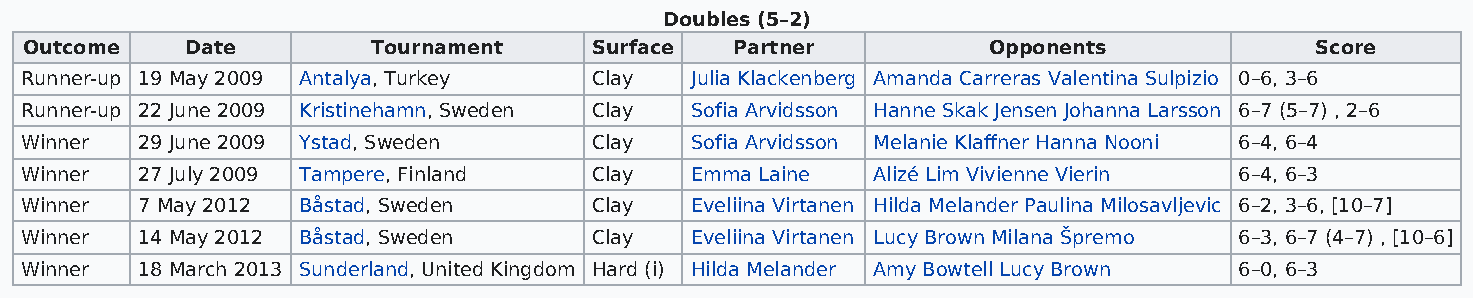
Doubles (5–2)
 Outcome   Date         Tournament    Surface   Partner         Opponents             Score
 Runner-up 19 May 2009 Antalya, Turkey Clay   Julia Klackenberg Amanda Carreras Valentina Sulpizio 0–6, 3–6
 Runner-up 22 June 2009 Kristinehamn, Sweden Clay Sofia Arvidsson Hanne Skak Jensen Johanna Larsson 6–7 (5–7) , 2–6
 Winner  29 June 2009 Ystad, Sweden    Clay   Sofia Arvidsson Melanie Klaffner Hanna Nooni 6–4, 6–4
 Winner  27 July 2009 Tampere, Finland Clay   Emma Laine  Alizé Lim Vivienne Vierin 6–4, 6–3
 Winner  7 May 2012 Båstad, Sweden     Clay   Eveliina Virtanen Hilda Melander Paulina Milosavljevic 6–2, 3–6, [10–7]
 Winner  14 May 2012 Båstad, Sweden    Clay   Eveliina Virtanen Lucy Brown Milana Špremo 6–3, 6–7 (4–7) , [10–6]
 Winner  18 March 2013 Sunderland, United Kingdom Hard (i) Hilda Melander Amy Bowtell Lucy Brown 6–0, 6–3